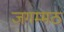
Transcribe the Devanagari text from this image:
जगम्मठ